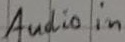
Text: Audio in